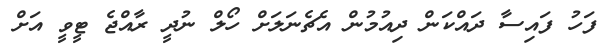
ފަހު ފައިސާ ދައްކަން ދިއުމުން އެޗެނަލަށް ހޯލް ނުދީ ރާއްޖެ ޓީވީ އަށް